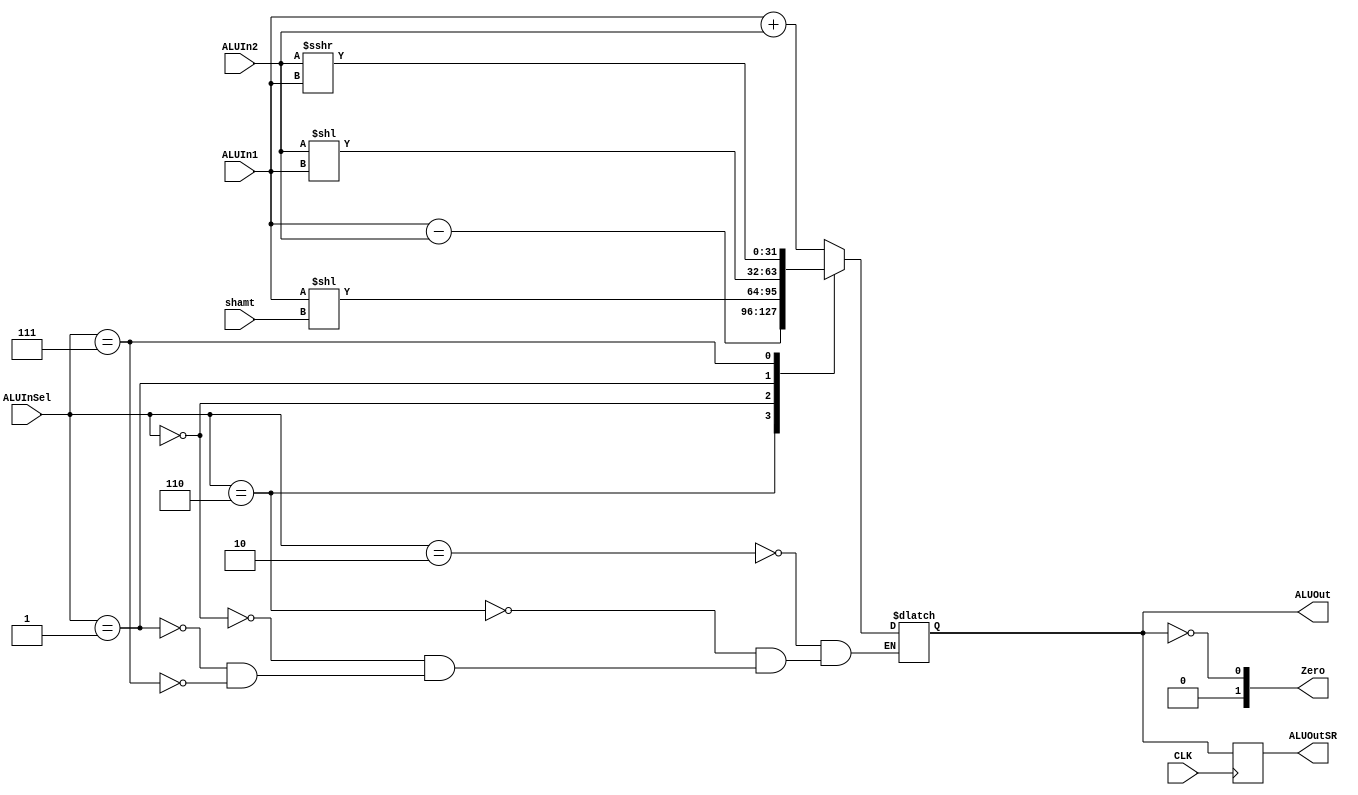
module ALU (ALUInSel, ALUIn1, ALUIn2, ALUOut, Zero,shamt,CLK,ALUOutSR);
    input CLK;
	input [3:0] ALUInSel;
	input [31:0] ALUIn1,ALUIn2;
	input [10:6] shamt;
	output reg [31:0] ALUOut,ALUOutSR;
	output [1:0]  Zero;
	assign Zero = (ALUOut == 0);
	always @(*)
	
	 begin

		case (ALUInSel)
			3'b010: ALUOut = ALUIn1 + ALUIn2;
			3'b110: ALUOut = ALUIn1 - ALUIn2;
			3'b000:  ALUOut = ALUIn1 << shamt;
			3'b001: ALUOut = ALUIn2 << ALUIn1;
			3'b111: ALUOut = ALUIn2 >>> ALUIn1;
		endcase
	end
	
	always @(posedge CLK)
	 begin
			ALUOutSR <= ALUOut;
	end

endmodule